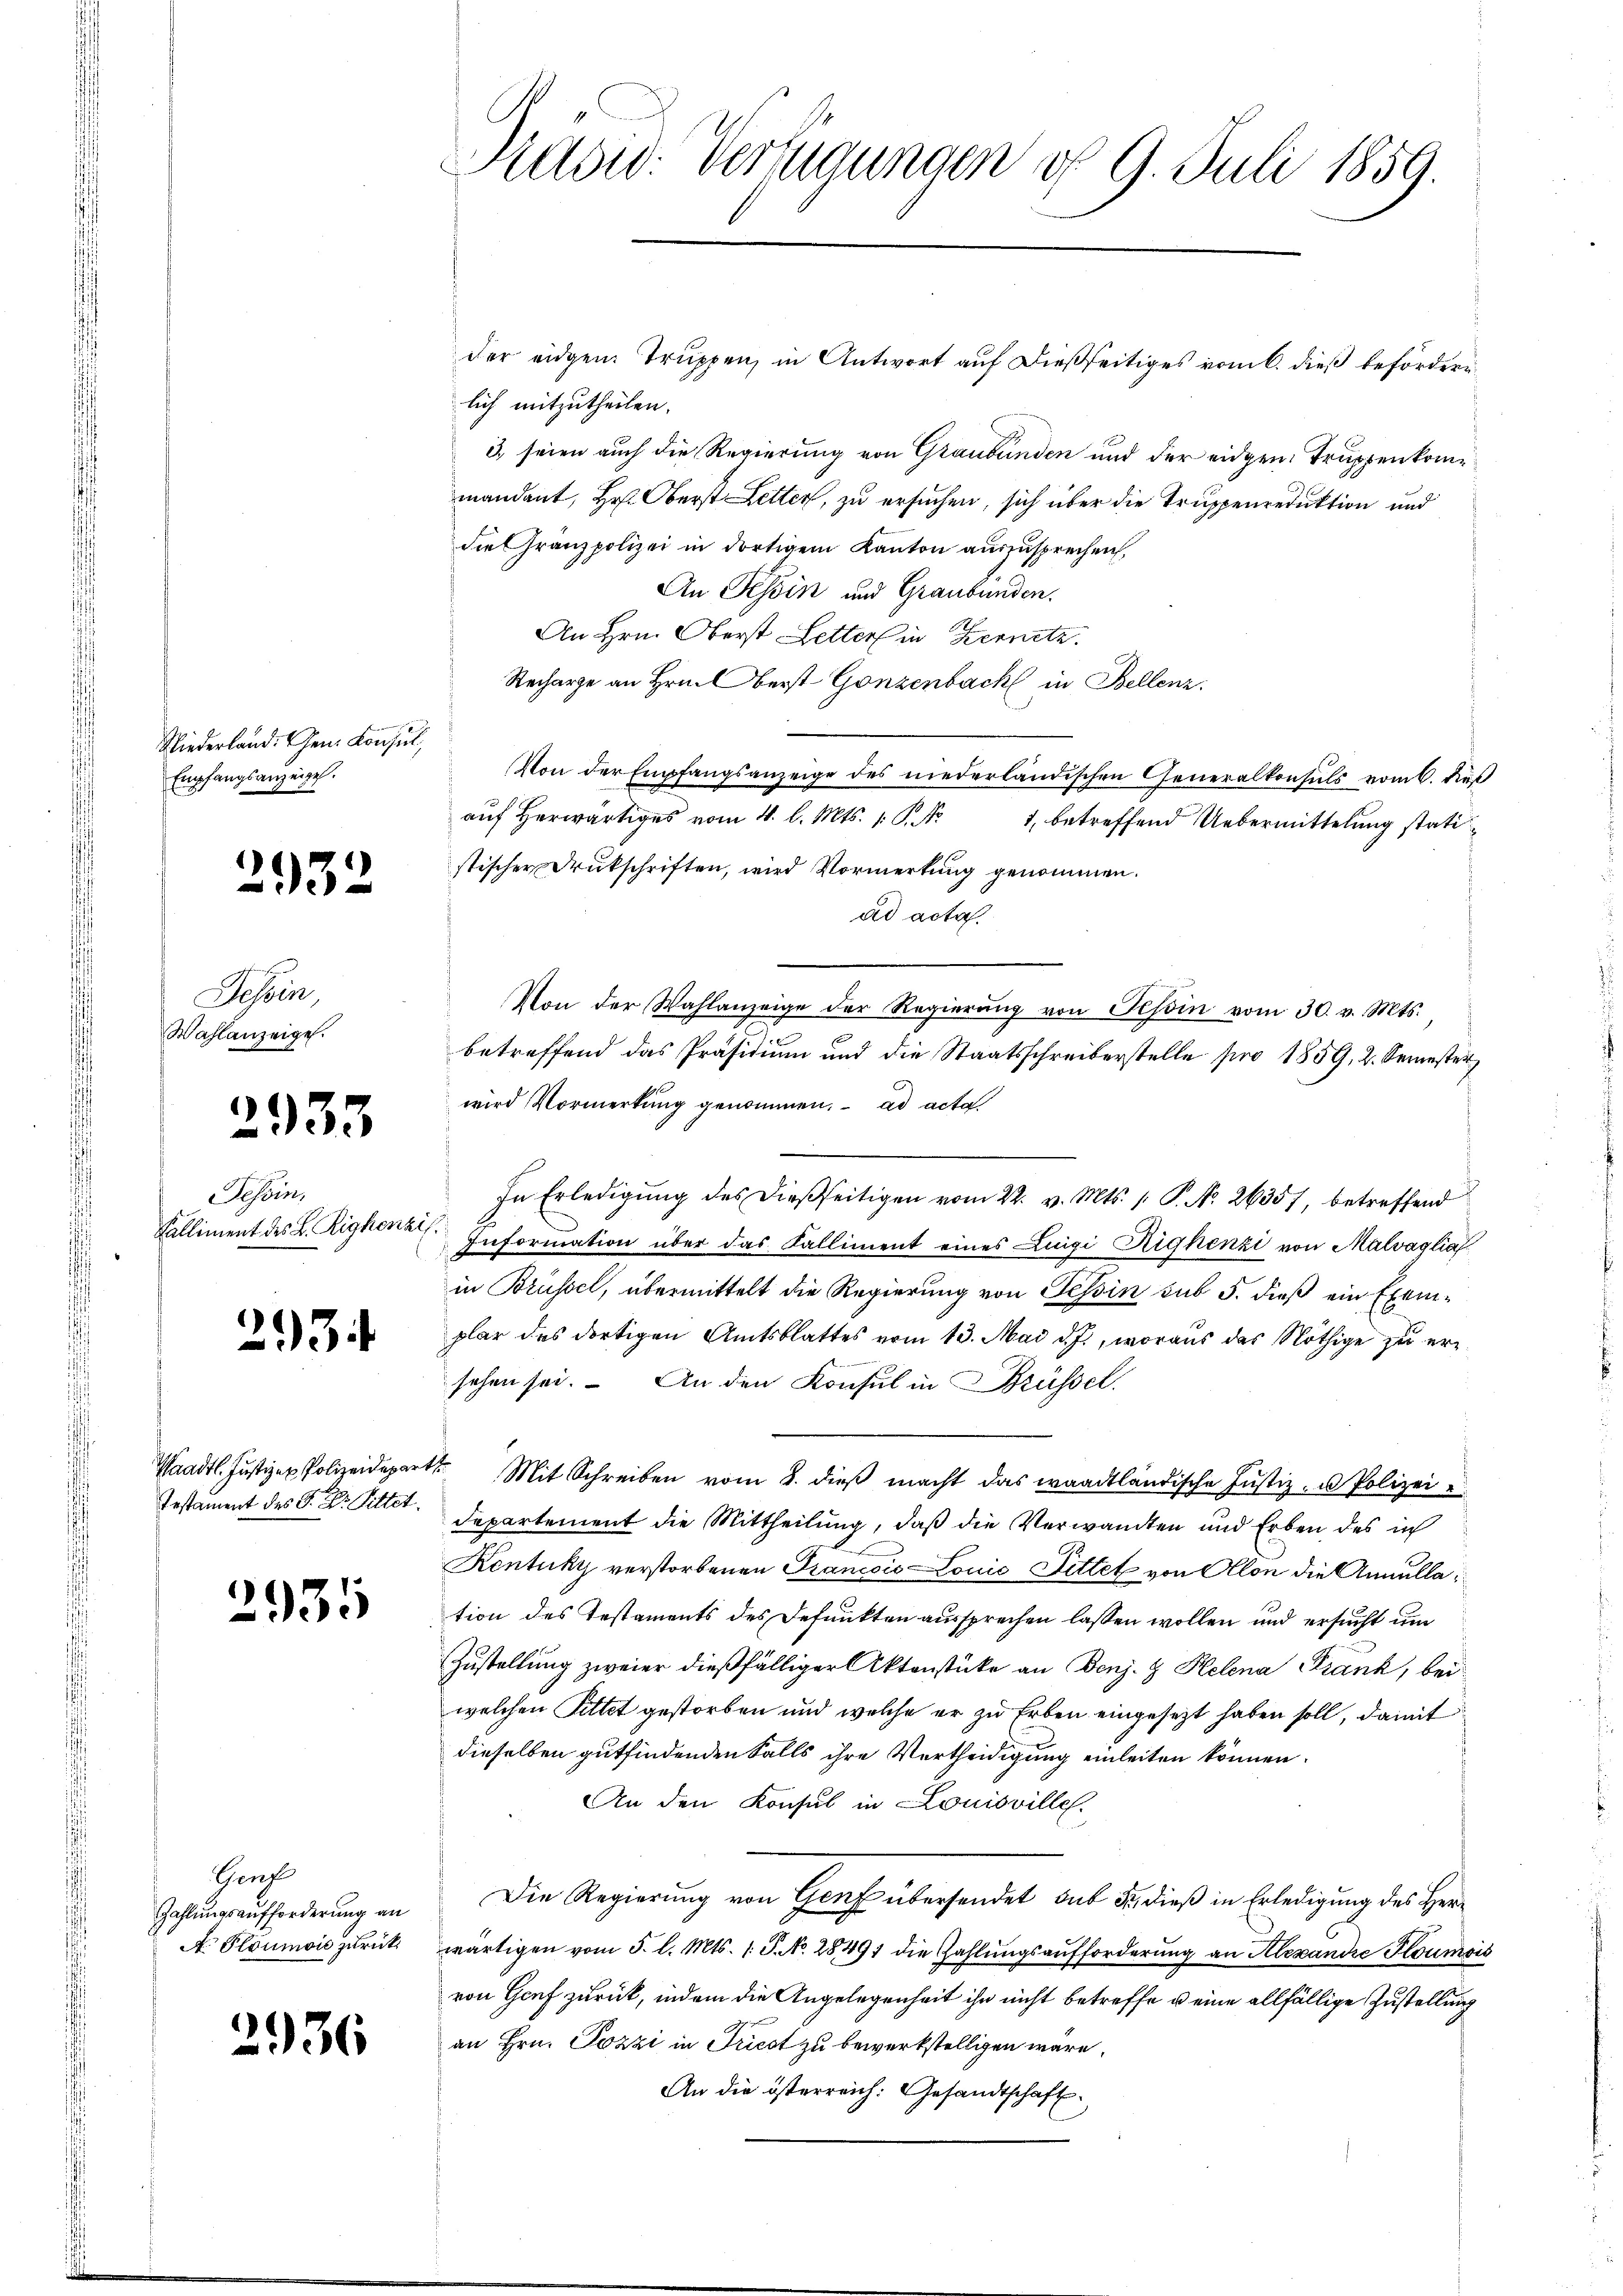
Niederland. Gen. Konsul,
Empfangsanzeigel.

2932

Tessin,
Wahlanzeigel.

2933

Tessin,
Kalliment des L. Righenzi

2934

Waadt. Justiz- & Polizeidepar
Testament des S. D. Pittet.

2931

Gruf
Zahlungsaufforderung an
A. Plöumoić zurück

2936

Sadw. Verfügungen of 9. Juli 1859.

der eidgen. Truppen, in Antwort auf dießseitiges vom 6. dieß befördern
lich mitzutheilen.
3. seien auch die Regierung von Graubünden und der eidgen. Truppenkommandant, Hr. Oberst Letter, zu ersuchen, sich über die Truppenreduktion und
die Franzpolizei in dortigem Kanton auszusprechen,
An Tessin und Graubünden.
An Hrn. Oberst Letter in Kernetz.
Recharge an Hrn. Berst-Gonzenbach in Bellenz,
Von der Empfangsanzeige des niederländischen Generalkonsuls vom 6. dies
aŭf herwärtiges vom 4. l. Mts. 1. P. Nr. 1, betreffend Uebermittelung statistischer Drukschriften, wird Vormerkung genommen.
ad acta.
Von der Wahlanzeige der Regierŭng von Tessin vom 30. v. Mts.
betreffend das Präsidium und die Staatsschreiberstelle pro 1859, 2. Semester
wird Vormerkung genommen, ad acta
In Erledigung des dießseitigen vom 22. v. Mts. 1. P. No 26357, betreffend
Information über das Falliment eines Luigi Righenzi von Malvaglia
in Brüssel, übermittelt die Regierung von Tessin sub 5. dieß ein Exemplar das dortigen Amtsblattes vom 13. Mai d. J., woraus das Nöthige zu ere
sehen sei. An den Konsul in Brüssel.
1t Mit Schreiben vom 8. dieß macht das waadtländische Justiz- u. Polizei e
departement die Mittheilung, daß die Verwandten und Erben des in
Kentuky verstorbenen Krancois Louić Fittet von Alon die Annullation des Testaments des Defunkten aussprechen lassen wollen und ersucht um
Zustellung zweier dießfälliger Aktenstücke an Denj. & Helena Frank, bei
welchen Pittet gestorben und welche er zu Erben eingesetzt haben soll, damit
dieselben gutfindenden Falls ihre Vertheidigung einleiten können.
An den Konsul in Louisville.
Die Regierung von Genf übersendet sub 5, dieß in Erledigung des Herr
wärtigen vom 5. l. Mts. 1. P. No. 28491 die Zahlungsaufforderung an Alexandre Gloumois
von Genf zurück, indem die Angelegenheit ihn nicht betreffe u eine allfällige Zustellung
an Hrn. Pozzi in Triest zu bewerkstelligen wäre.
An die österreich: Gesandtschaft.